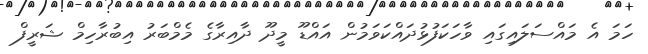
ހަމަ އެ މައްސަލައިގައި ވާހަކަފުޅުދައްކަވަމުން އައްޑޫ މީދޫ ދާއިރާގެ މެމްބަރު އިބުރާހިމް ޝަރީފް